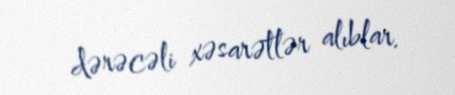
dərəcəli xəsarətlər alıblar.